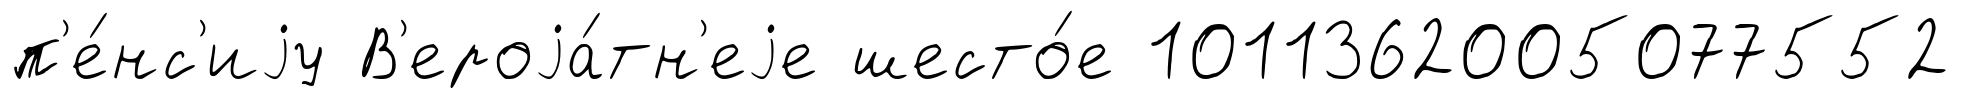
п'е́нс'иjу В'ероjа́тн'еjе шесто́е 1011362005077552